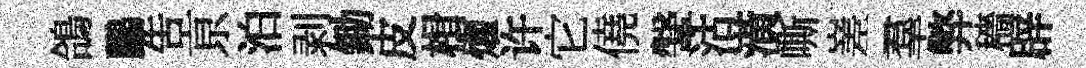
鴿鸝吿亰泊剥鋤皮楫燿许它僥鞶沽潢嘶嵳羣弊穡辟